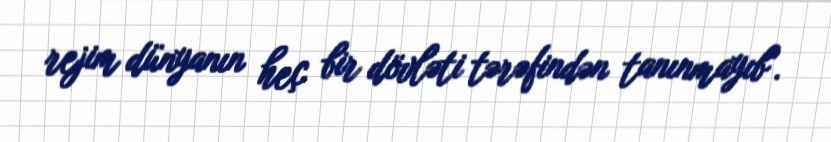
rejim dünyanın heç bir dövləti tərəfindən tanınmayıb".